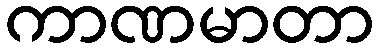
ကာဏမာတာ